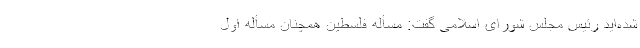
شده‌اید رئیس مجلس شورای اسلامی گفت: مسأله فلسطین همچنان مسأله اول